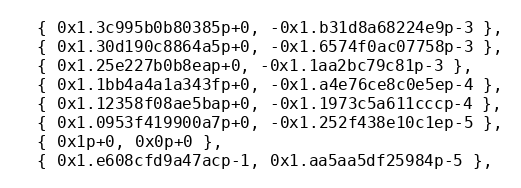
Language: C
  { 0x1.3c995b0b80385p+0, -0x1.b31d8a68224e9p-3 },
  { 0x1.30d190c8864a5p+0, -0x1.6574f0ac07758p-3 },
  { 0x1.25e227b0b8eap+0, -0x1.1aa2bc79c81p-3 },
  { 0x1.1bb4a4a1a343fp+0, -0x1.a4e76ce8c0e5ep-4 },
  { 0x1.12358f08ae5bap+0, -0x1.1973c5a611cccp-4 },
  { 0x1.0953f419900a7p+0, -0x1.252f438e10c1ep-5 },
  { 0x1p+0, 0x0p+0 },
  { 0x1.e608cfd9a47acp-1, 0x1.aa5aa5df25984p-5 },